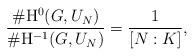
LaTeX: \begin{align*}\frac{\#\mathrm{H}^0(G,U_N)}{\#\mathrm{H}^{-1}(G,U_N)} = \frac{1}{\lbrack N : K\rbrack},\end{align*}